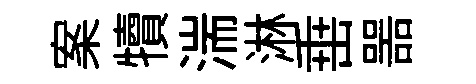
案犢湍淋𡸁噐